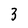
Character: 3